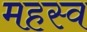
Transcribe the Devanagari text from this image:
महस्व